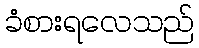
ခံစားရလေသည်